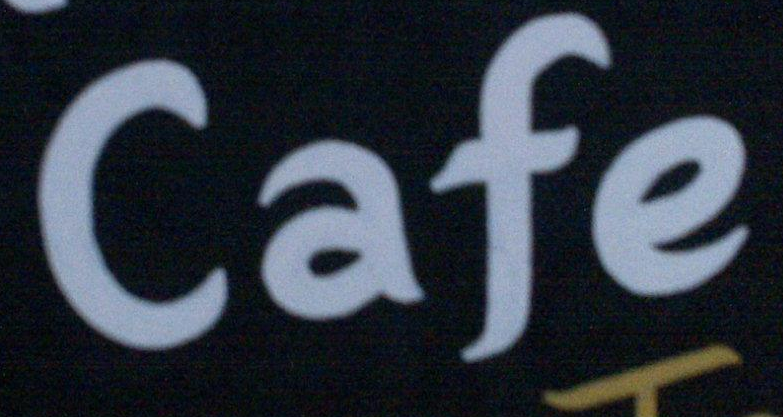
Cafe